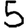
Digit: 5